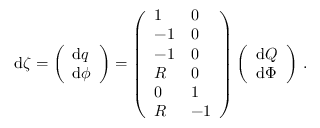
\begin{array} { r } { \mathrm { d } \boldsymbol { \zeta } = \left( \begin{array} { l } { \mathrm { d } \boldsymbol { q } } \\ { \mathrm { d } \boldsymbol { \phi } } \end{array} \right) = \left( \begin{array} { l l } { 1 } & { 0 } \\ { - 1 } & { 0 } \\ { - 1 } & { 0 } \\ { R } & { 0 } \\ { 0 } & { 1 } \\ { R } & { - 1 } \end{array} \right) \left( \begin{array} { l } { \mathrm { d } Q } \\ { \mathrm { d } \Phi } \end{array} \right) \, . } \end{array}